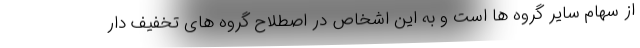
از سهام سایر گروه ها است و به این اشخاص در اصطلاح گروه های تخفیف دار